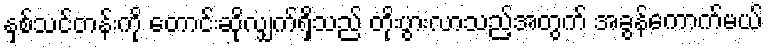
နှစ်သင်တန်းကို တောင်းဆိုလျှက်ရှိသည် တိုးပွားလာသည့်အတွက် အခွန်ကောက်မယ်